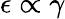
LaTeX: \epsilon\propto\gamma